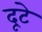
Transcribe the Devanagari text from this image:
दूटे